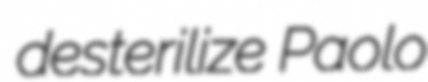
desterilize Paolo